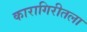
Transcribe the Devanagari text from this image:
कारागिरीतला